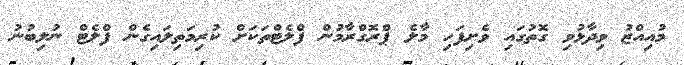
މުއިއްޒު ވިދާޅުވި ގޮތުގައި ވެށިފަހި މާލެ ޕްރޮގްރާމުން ފްލެޓްތަކަށް ކުރިމަތިލައިގެން ފްލެޓް ނުލިބުނު